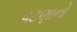
પટણાનો